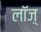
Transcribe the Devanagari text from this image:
लॉज़्